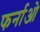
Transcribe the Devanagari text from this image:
फर्नाओ